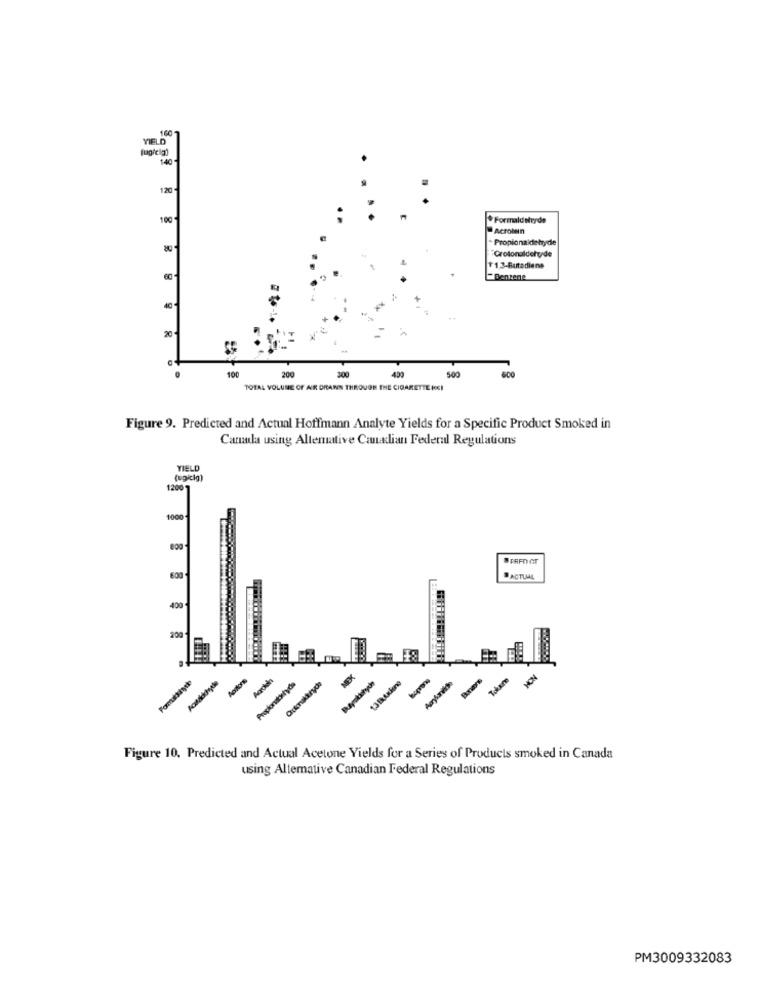
160
YIELD
140
120
100
* Formaldehyde
-Acrolein
Propionaldehyde
80
Crotonaldehyde
11,3-Butadiene
8
Benzene
40
20
100
20€
300
439
500
TOTAL VOLUME OF AIR DRAWN THROUGH THE CIGARETTE IGI
Figure 9. Predicted and Actual Hoffmann Analyte Yields for a Specific Product Smoked in
Carula using Altemative Canadian Federal Regulations
YIELD
(ugicig)
1200
1000
ACTUAL
400
200
Formasişık
Apitore
1,3ftxime
Acrylanilos
Tokkre
MON
Figure 10. Predicted and Actual Acetone Yields for a Series of Products smoked in Canada
using Altemative Canadian Federal Regulations
PM3009332083